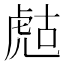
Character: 𧆻